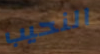
النحيب